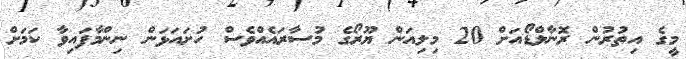
މީގެ އިތުރުން ރޮނާލްޑޯއަށް 20 މިލިއަން ޔޫރޯގެ މުސާރައެއްވެސް ހުށައަޅަން ނިންމާފައިވާ ކަމަށް